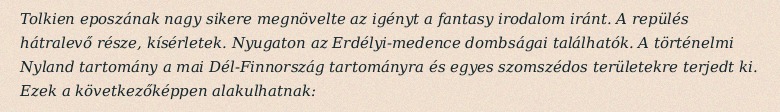
Tolkien eposzának nagy sikere megnövelte az igényt a fantasy irodalom iránt. A repülés hátralevő része, kísérletek. Nyugaton az Erdélyi-medence dombságai találhatók. A történelmi Nyland tartomány a mai Dél-Finnország tartományra és egyes szomszédos területekre terjedt ki. Ezek a következőképpen alakulhatnak: